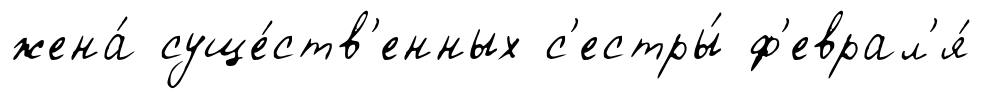
жена́ суще́ств'енных с'естры́ ф'еврал'я́